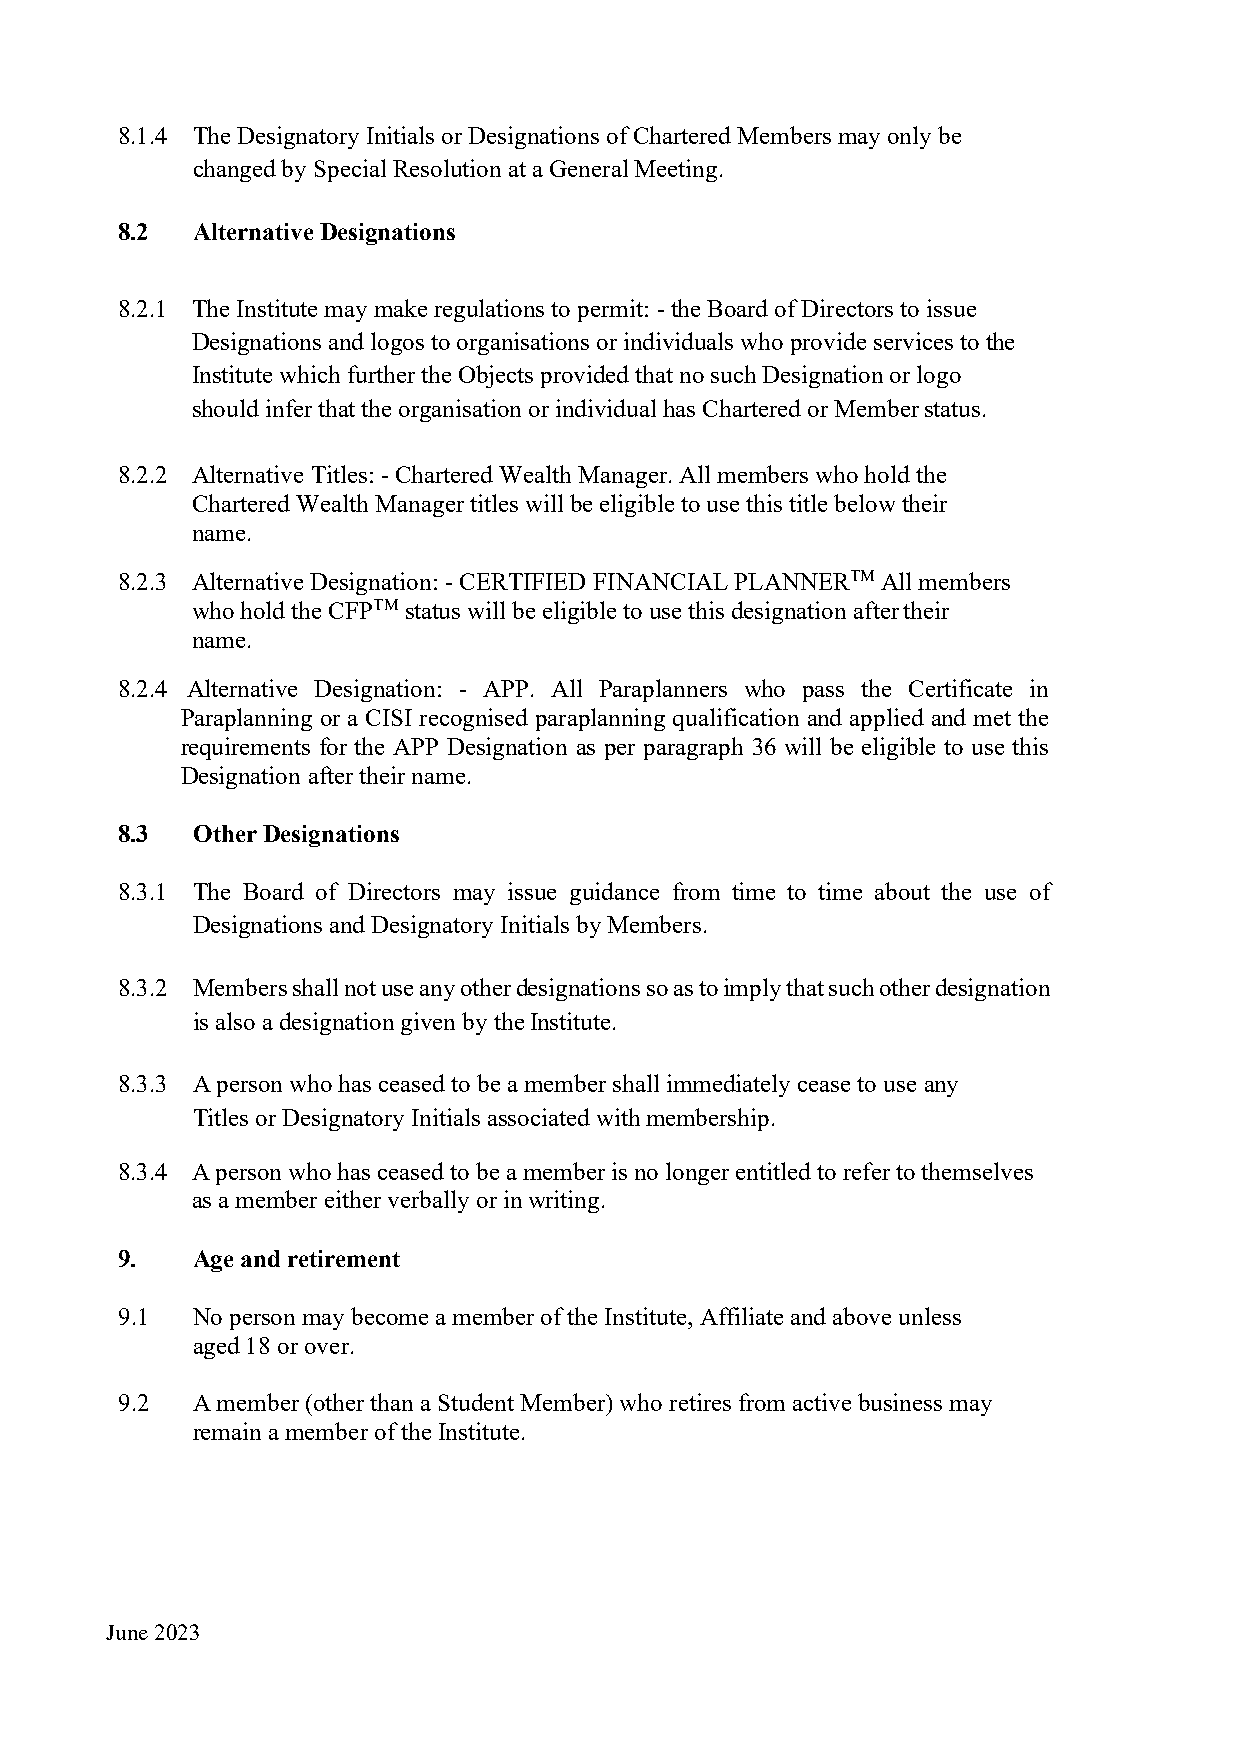
8.1.4 The Designatory Initials or Designations of Chartered Members may only be
 changed by Special Resolution at a General Meeting.
 8.2  Alternative Designations
 8.2.1 The Institute may make regulations to permit: - the Board of Directors to issue
 Designations and logos to organisations or individuals who provide services to the
 Institute which further the Objects provided that no such Designation or logo
 should infer that the organisation or individual has Chartered or Member status.
 8.2.2 Alternative Titles: - Chartered Wealth Manager. All members who hold the
 Chartered Wealth Manager titles will be eligible to use this title below their
 name.
 8.2.3 Alternative Designation: - CERTIFIED FINANCIAL PLANNERTM All members
 who hold the CFPTM status will be eligible to use this designation after their
 name.
 8.2.4 Alternative Designation: - APP. All Paraplanners who pass the Certificate in
 Paraplanning or a CISI recognised paraplanning qualification and applied and met the
 requirements for the APP Designation as per paragraph 36 will be eligible to use this
 Designation after their name.
 8.3  Other Designations
 8.3.1 The Board of Directors may issue guidance from time to time about the use of
 Designations and Designatory Initials by Members.
 8.3.2 Members shall not use any other designations so as to imply that such other designation
 is also a designation given by the Institute.
 8.3.3 A person who has ceased to be a member shall immediately cease to use any
 Titles or Designatory Initials associated with membership.
 8.3.4 A person who has ceased to be a member is no longer entitled to refer to themselves
 as a member either verbally or in writing.
 9.   Age and retirement
 9.1  No person may become a member of the Institute, Affiliate and above unless
 aged 18 or over.
 9.2  A member (other than a Student Member) who retires from active business may
 remain a member of the Institute.
 June 2023